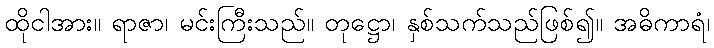
ထိုငါအား။ ရာဇာ၊ မင်းကြီးသည်။ တုဋ္ဌော၊ နှစ်သက်သည်ဖြစ်၍။ အဓိကာရံ၊